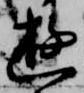
遊